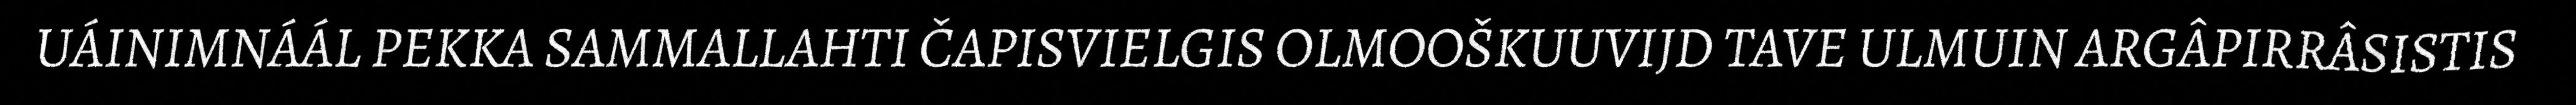
UÁINIMNÁÁL PEKKA SAMMALLAHTI ČAPISVIELGIS OLMOOŠKUUVIJD TAVE ULMUIN ARGÂPIRRÂSISTIS